Indian journal of veterinary science and animal husbandry - Volumes 15-17, 1948-1951
Year: 1948
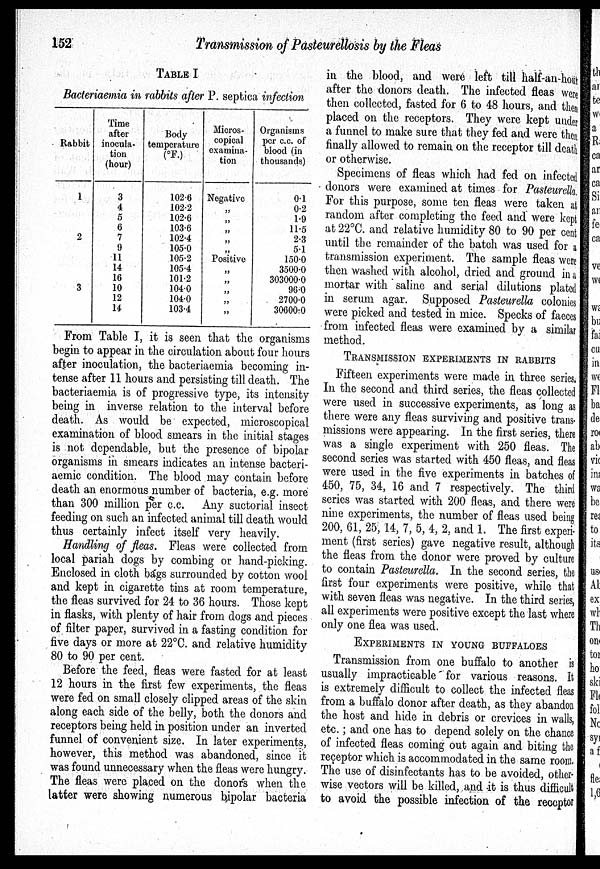
152
Transmission of Pasteurellosis by the Fleas
TABLE I
Bacteriaemia in rabbits after P. septica infection
Rabbit
1
2
3
Time
after
inocula-
tion
(hour)
3
4
5
6
7
9
11
14
16
10
12
14
Body
temperature
(ºF.)
102.6
102.2
102.6
103.6
102.4
105.0
105.2
105.4
101.2
104.0
104.0
103.4
Micros-
copical
examina-
tion
Negative
„
„
„
„
„
Positive
„
„
„
„
„
Organisms
per c.c. of
blood (in
thousands)
0.1
0.2
1.9
11.5
2.3
5.1
150.0
3500.0
303000.0
96.0
2700.0
30600.0
From Table I, it is seen that the organisms
begin to appear in the circulation about four hours
after inoculation, the bacteriaemia becoming in-
tense after 11 hours and persisting till death. The
bacteriaemia is of progressive type, its intensity
being in inverse relation to the interval before
death. As would be expected, microscopical
examination of blood smears in the initial stages
is not dependable, but the presence of bipolar
organisms in smears indicates an intense bacteri-
aemic condition. The blood may contain before
death an enormous number of bacteria, e.g. more
than 300 million per c.c. Any suctorial insect
feeding on such an infected animal till death would
thus certainly infect itself very heavily.
Handling of fleas. Fleas were collected from
local pariah dogs by combing or hand-picking.
Enclosed in cloth bags surrounded by cotton wool
and kept in cigarette tins at room temperature,
the fleas survived for 24 to 36 hours. Those kept
in flasks, with plenty of hair from dogs and pieces
of filter paper, survived in a fasting condition for
five days or more at 22ºC. and relative humidity
80 to 90 per cent.
Before the feed, fleas were fasted for at least
12 hours in the first few experiments, the fleas
were fed on small closely clipped areas of the skin
along each side of the belly, both the donors and
receptors being held in position under an inverted
funnel of convenient size. In later experiments,
however, this method was abandoned, since it
was found unnecessary when the fleas were hungry.
The fleas were placed on the donors when the
latter were showing numerous bipolar bacteria
in the blood, and were left till half-an-hour
after the donors death. The infected fleas were
then collected, fasted for 6 to 48 hours, and then
placed on the receptors. They were kept under
a funnel to make sure that they fed and were then
finally allowed to remain on the receptor till death
or otherwise.
Specimens of fleas which had fed on infected
donors were examined at times for Pasteurella.
For this purpose, some ten fleas were taken at
random after completing the feed and were kept
at 22ºC. and relative humidity 80 to 90 per cent
until the remainder of the batch was used for a
transmission experiment. The sample fleas were
then washed with alcohol, dried and ground in a
mortar with saline and serial dilutions plated
in serum agar. Supposed Pasteurella colonies
were picked and tested in mice. Specks of faeces
from infected fleas were examined by a similar
method.
TRANSMISSION EXPERIMENTS IN RABBITS
Fifteen experiments were made in three series.
In the second and third series, the fleas collected
were used in successive experiments, as long as
there were any fleas surviving and positive trans-
missions were appearing. In the first series, there
was a single experiment with 250 fleas. The
second series was started with 450 fleas, and fleas
were used in the five experiments in batches of
450, 75, 34, 16 and 7 respectively. The third
series was started with 200 fleas, and there were
nine experiments, the number of fleas used being
200, 61, 25, 14, 7, 5, 4, 2, and 1. The first experi-
ment (first series) gave negative result, although
the fleas from the donor were proved by culture
to contain Pasteurella. In the second series, the
first four experiments were positive, while that
with seven fleas was negative. In the third series,
all experiments were positive except the last where
only one flea was used.
EXPERIMENTS IN YOUNG BUFFALOES
Transmission from one buffalo to another is
usually impracticable for various reasons. It
is extremely difficult to collect the infected fleas
from a buffalo donor after death, as they abandon
the host and hide in debris or crevices in walls,
etc.; and one has to depend solely on the chance
of infected fleas coming out again and biting the
receptor which is accommodated in the same room.
The use of disinfectants has to be avoided, other-
wise vectors will be killed, and it is thus difficult
to avoid the possible infection of the receptor